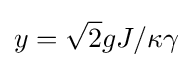
y={\sqrt {2}}gJ/\kappa \gamma